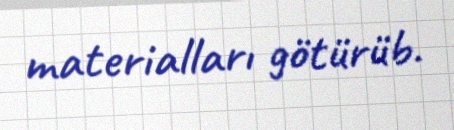
materialları götürüb.